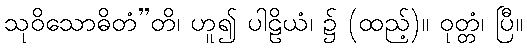
သုဝိသောဓိတံ”တိ၊ ဟူ၍ ပါဠိယံ၊ ၌ (ထည့်)။ ဝုတ္တံ၊ ပြီ။